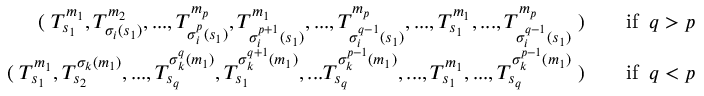
\begin{array} { r l r } { ( \; T _ { s _ { 1 } } ^ { m _ { 1 } } , T _ { \sigma _ { i } ( s _ { 1 } ) } ^ { m _ { 2 } } , . . . , T _ { \sigma _ { i } ^ { p } ( s _ { 1 } ) } ^ { m _ { p } } , T _ { \sigma _ { i } ^ { p + 1 } ( s _ { 1 } ) } ^ { m _ { 1 } } , . . . , T _ { \sigma _ { i } ^ { q - 1 } ( s _ { 1 } ) } ^ { m _ { p } } , . . . , T _ { s _ { 1 } } ^ { m _ { 1 } } , . . . , T _ { \sigma _ { i } ^ { q - 1 } ( s _ { 1 } ) } ^ { m _ { p } } \; ) } & { } & { \mathrm { i f } \; \; q > p } \\ { ( \; T _ { s _ { 1 } } ^ { m _ { 1 } } , T _ { s _ { 2 } } ^ { \sigma _ { k } ( m _ { 1 } ) } , . . . , T _ { s _ { q } } ^ { \sigma _ { k } ^ { q } ( m _ { 1 } ) } , T _ { s _ { 1 } } ^ { \sigma _ { k } ^ { q + 1 } ( m _ { 1 } ) } , . . . T _ { s _ { q } } ^ { \sigma _ { k } ^ { p - 1 } ( m _ { 1 } ) } , . . . , T _ { s _ { 1 } } ^ { m _ { 1 } } , . . . , T _ { s _ { q } } ^ { \sigma _ { k } ^ { p - 1 } ( m _ { 1 } ) } \; ) } & { } & { \mathrm { i f } \; \; q < p } \end{array}